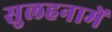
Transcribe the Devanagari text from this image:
सुलहनामें